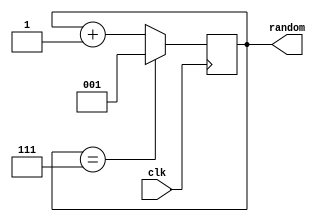
module random(
  input clk,
  output reg [2:0] random
  );

  initial random = 3'd1; // make it random

  always @ (posedge clk) begin
      if (random == 3'd7) begin
          random <= 3'd1;
      end else begin
          random <= random + 3'd1;
      end
	end

endmodule